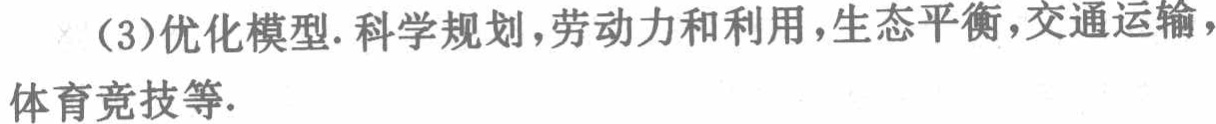
(3)优化模型. 科学规划,劳动力和利用,生态平衡,交通运输,体育竞技等.